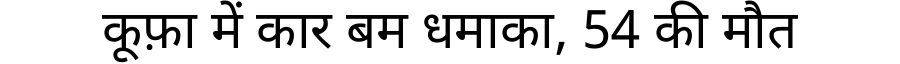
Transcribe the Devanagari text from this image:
कूफ़ा में कार बम धमाका, 54 की मौत